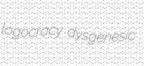
logocracy dysgenesic